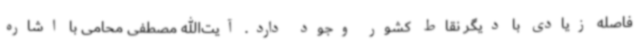
فاصله زیادی با دیگر نقاط کشور وجود دارد. آیت‌الله مصطفی محامی با اشاره